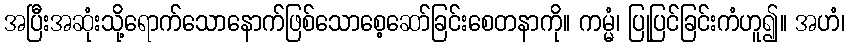
အပြီးအဆုံးသို့ရောက်သောနောက်ဖြစ်သောစေ့ဆော်ခြင်းစေတနာကို။ ကမ္မံ၊ ပြုပြင်ခြင်းကံဟူ၍။ အဟံ၊